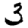
Digit: 3